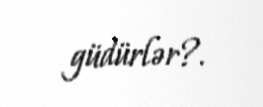
güdürlər?.